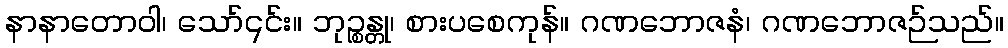
နာနာတောဝါ၊ သော်၎င်း။ ဘုဉ္စန္တု၊ စားပစေကုန်။ ဂဏဘောဇနံ၊ ဂဏဘောဇဉ်သည်။